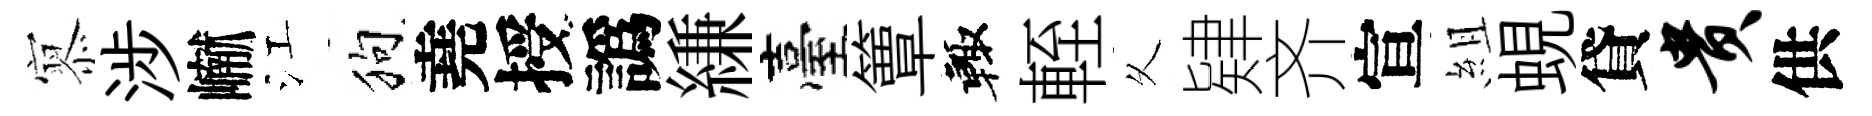
𡪹涉𪩘江狗堯授譌縑臺簟輙輊乆肄齐宣組蜆貸贵供